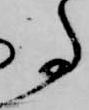
事